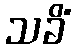
သခိံ